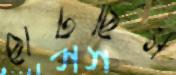
ছাঁটছিস